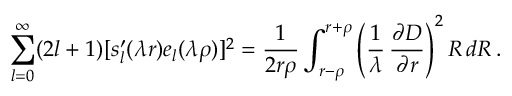
\sum _ { l = 0 } ^ { \infty } ( 2 l + 1 ) [ s _ { l } ^ { \prime } ( \lambda r ) e _ { l } ( \lambda \rho ) ] ^ { 2 } = \frac { 1 } { 2 r \rho } \int _ { r - \rho } ^ { r + \rho } \left( \frac { 1 } { \lambda } \, \frac { \partial { \cal D } } { \partial r } \right) ^ { 2 } R \, d R \, .